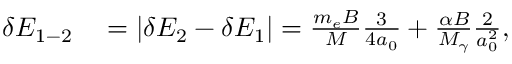
\begin{array} { r l } { \delta E _ { 1 - 2 } } & { { } = | \delta E _ { 2 } - \delta E _ { 1 } | = \frac { m _ { e } B } { M } \frac { 3 } { 4 a _ { 0 } } + \frac { \alpha B } { M _ { \gamma } } \frac { 2 } { a _ { 0 } ^ { 2 } } , } \end{array}